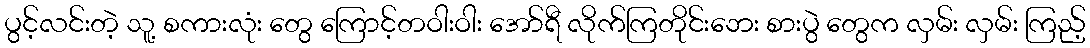
ပွင့်လင်းတဲ့ သူ့ စကားလုံး တွေ ကြောင့်တဝါးဝါး အော်ရီ လိုက်ကြတိုင်းဘေး စားပွဲ တွေက လှမ်း လှမ်း ကြည့်